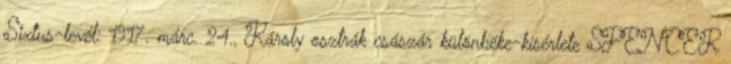
Sixtus-levél: 1917. márc. 24., Károly osztrák császár különbéke-kísérlete SPENCER